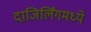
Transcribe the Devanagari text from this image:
दाजिर्लिंगमध्ये